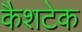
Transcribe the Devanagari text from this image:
कैशटेक